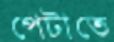
পেটাতে